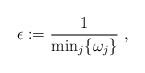
LaTeX: \begin{align*}\epsilon:=\frac{1}{\min_{j}\{\omega_j\}}\ ,\end{align*}